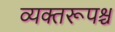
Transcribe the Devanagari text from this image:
व्यक्तरूपश्च